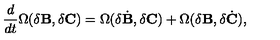
{ \frac { d } { d t } } \Omega ( \delta { \bf B } , \delta { \bf C } ) = \Omega ( \delta { \dot { { \bf B } } } , \delta { \bf C } ) + \Omega ( \delta { \bf B } , \delta { \dot { { \bf C } } } ) ,